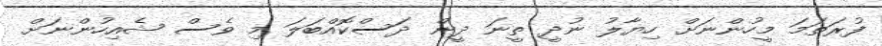
ފުރަތަމަ މީހުންނަށް ހިޔާލު ނުދީ ތީނަ ދީން ދަސްކޮއްބަލަ މި ވެސް ޝެއިހުންނަށް